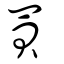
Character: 買